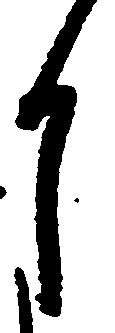
月